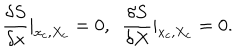
\frac { \delta S } { \delta x } | _ { x _ { c } , X _ { c } } = 0 , \ \ \frac { \delta S } { \delta X } | _ { x _ { c } , X _ { c } } = 0 .